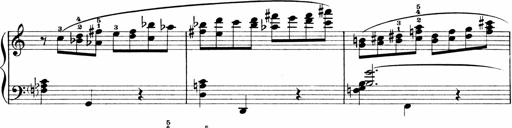
Title: Sonatina No.1
Composer: Otto Stoll
Key: C major